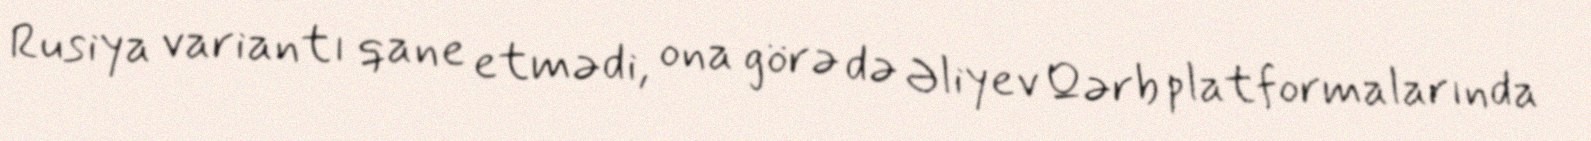
Rusiya variantı qane etmədi, ona görə də Əliyev Qərb platformalarında